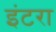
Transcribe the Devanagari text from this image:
इंटरा